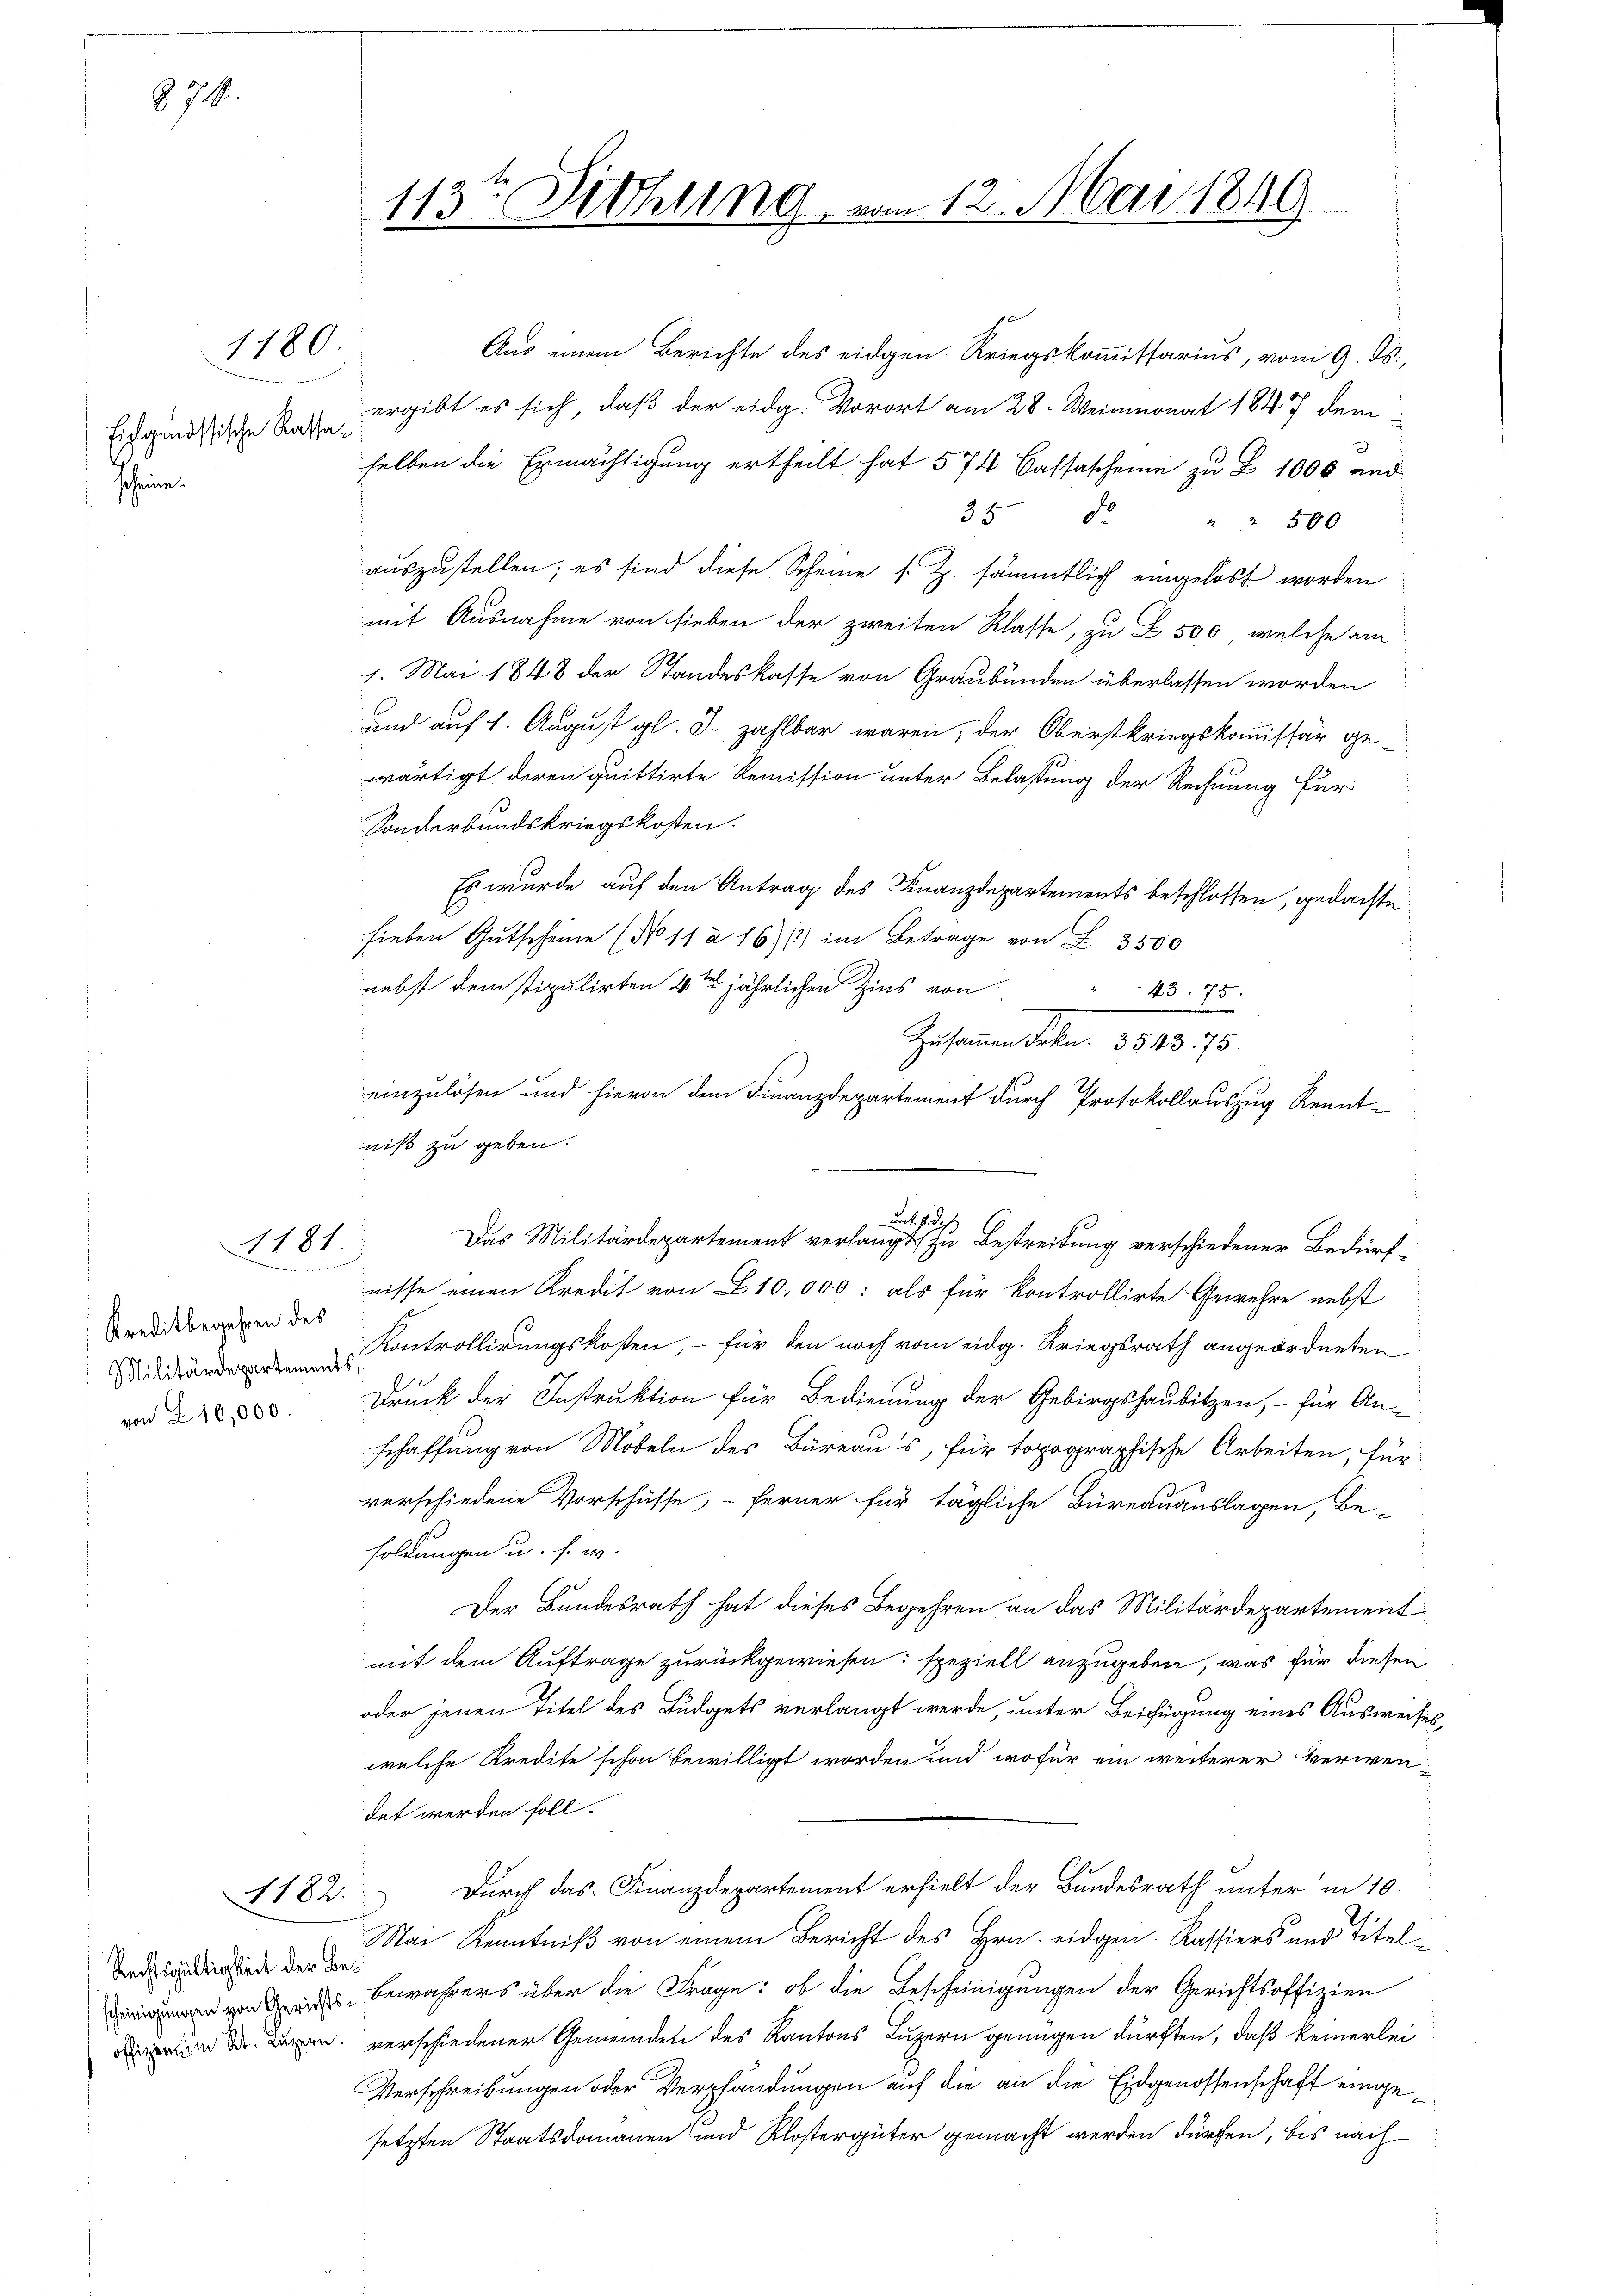
874.

1180.

Eisgenössische Kassascheine.

1181.

Kreditbegehren des
Militärdepartements,
von 210,000.

1182.

Rechtsgültigkeit der Be¬

113te Dichung vom 12. Mai 1849

niß zu geben.

selben die Ermächtigung ertheilt hat 574 Cassascheine zu Z. 1000 und
35 d " " 500
auszustellen; es sind diese Scheine s. Z. sämmtlich eingelöst worden
mit Ausnahme von sieben der zweiten Klasse, zu Z. 500, welche am
1. Mai 1848 der Standeskasse von Graubünden überlassen worden
und auf 1. August gl. J. zahlbar waren, der Oberstkriegskommissär gewärtigt deren quittirte Remission unter Belastung der Rechnung für
Sonderbundskriegskosten.
Es wurde auf den Antrag des Finanzdepartements beschlossen, gedachte
sieben Gutscheine (No 11 à 16/) im Betrage von L. 3500
nebst dem stipulirten 4ten jährlichen Zins von
43. 75
einzulösen und hievon dem Finanzdepartement durch Protokollauszug Kenntnisse einen Kredit von L. 10,000: als für kontrollirte Gewehre nebst
Kontrollirungskosten, – für den noch vom eidg. Kriegsrath angeordneten
Druck der Instruktion für Bedienung der Gebirgshaubitzen, – für An-
schaffung von Möbeln des Büreaus, für topographische Arbeiten, für
verschiedene Vorschüsse, - ferner für tägliche Büreauauslagen, be-
soldungen u. s. w.
Der Bundesrath hat dieses Begehren an das Militärdepartement
mit dem Auftrage zurückgewiesen: speziell anzugeben, was für diesen
oder jenen Titel des Budgets verlangt werde, unter Beifügung eines Ausweises,
welche Kredite schon bewilligt worden und wofür ein weiterer verwendet werden soll.
Durch das Finanzdepartement erhielt der Bundesrath unter in 10.
Mai Kenntniß von einem Bericht des Hrn. eidgen. Kassiers und Titeln von des bewahrers über die Frage: ob die Bescheinigungen der Gerichtsoffizien
m Den verschiedener Gemeinden des Kantons Luzern genügen dürften, daß keinerlei
Verschreibungen oder Verpfändungen auf die an die Eidgenossenschaft eingesetzten Staatsdomanen und Klostergüter gemacht werden dürfen, bis nach

e
Aus einem Berichte des eidgen. Kriegskommissarius, vom 9. ds.,
ergibt es sich, daß der eidg. Vorort am 28. Weinmonat 1847 dem

Zusammen Frkn. 3543. 75.

unt. 8 des
Das Militärdepartement verlangt, zu Bestreitung verschiedener Bedürf¬